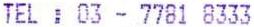
TEL : 03 - 7781 8333